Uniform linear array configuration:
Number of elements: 32
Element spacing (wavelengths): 1
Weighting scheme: uniform
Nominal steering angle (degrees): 0
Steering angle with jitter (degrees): -1.108
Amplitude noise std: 0.05
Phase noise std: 0.05

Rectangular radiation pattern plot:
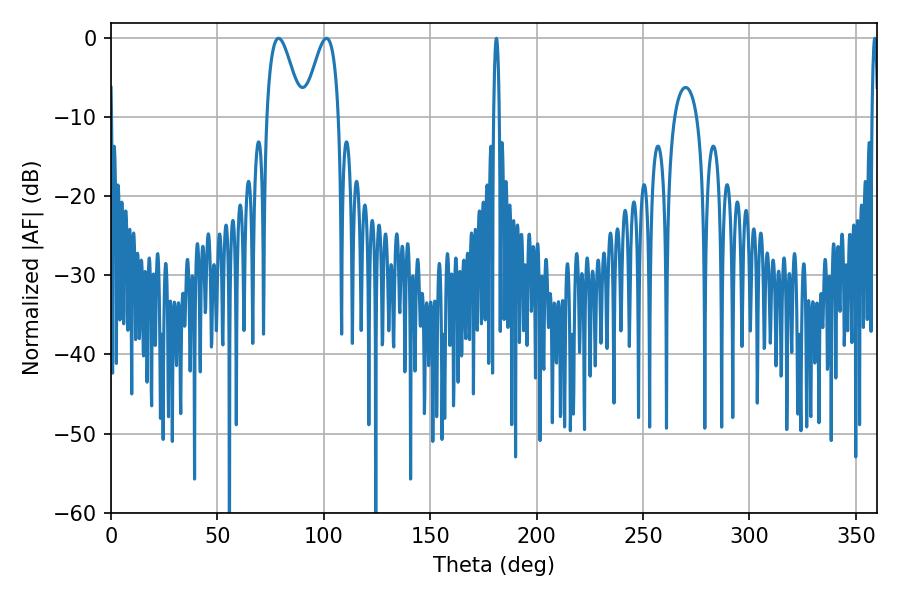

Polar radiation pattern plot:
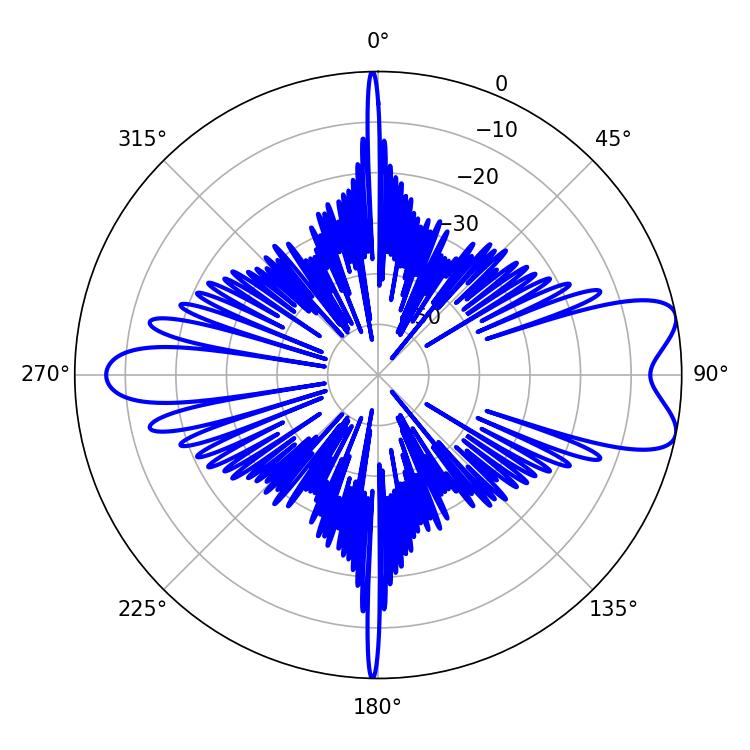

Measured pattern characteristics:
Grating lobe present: TRUE
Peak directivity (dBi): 8.401
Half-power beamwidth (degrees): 8.82
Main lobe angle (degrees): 78.66